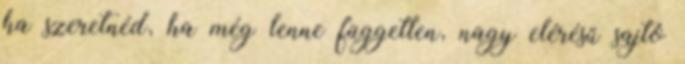
ha szeretnéd, ha még lenne független, nagy elérésű sajtó